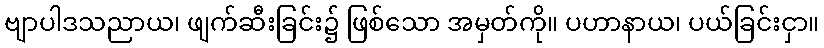
ဗျာပါဒသညာယ၊ ဖျက်ဆီးခြင်း၌ ဖြစ်သော အမှတ်ကို။ ပဟာနာယ၊ ပယ်ခြင်းငှာ။